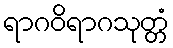
ရာဂဝိရာဂသုတ္တံ